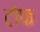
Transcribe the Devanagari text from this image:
टोफ